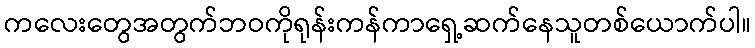
ကလေးတွေအတွက်ဘဝကိုရုန်းကန်ကာရှေ့ဆက်နေသူတစ်ယောက်ပါ။